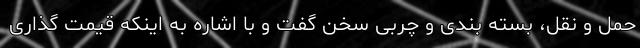
حمل و نقل، بسته بندی و چربی سخن گفت و با اشاره به اینکه قیمت گذاری